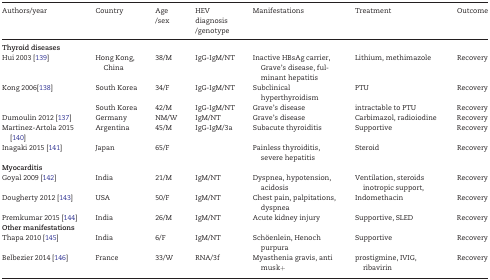
<table><thead><tr><td><b>Authors/year</b></td><td><b>Country</b></td><td><b>Age/sex</b></td><td><b>HEV diagnosis /genotype</b></td><td><b>Manifestations</b></td><td><b>Treatment</b></td><td><b>Outcome</b></td></tr></thead><tbody><tr><td colspan="7"><b>Thyroid diseases</b></td></tr><tr><td>Hui 2003 [139]</td><td>Hong Kong, China</td><td>38/M</td><td>IgG-IgM/NT</td><td>Inactive HBsAg carrier, Grave’s disease, fulminant hepatitis</td><td>Lithium, methimazole</td><td>Recovery</td></tr><tr><td>Kong 2006[138]</td><td>South Korea</td><td>34/F</td><td>IgG-IgM/NT</td><td>Subclinical hyperthyroidism</td><td>PTU</td><td>Recovery</td></tr><tr><td></td><td>South Korea</td><td>42/M</td><td>IgG-IgM/NT</td><td>Grave’s disease</td><td>intractable to PTU</td><td>Recovery</td></tr><tr><td>Dumoulin 2012 [137]</td><td>Germany</td><td>NM/W</td><td>IgM/NT</td><td>Grave’s disease</td><td>Carbimazol, radioiodine</td><td>Recovery</td></tr><tr><td>Martinez-Artola 2015 [140]</td><td>Argentina</td><td>45/M</td><td>IgG-IgM/3a</td><td>Subacute thyroiditis</td><td>Supportive</td><td>Recovery</td></tr><tr><td>Inagaki 2015 [141]</td><td>Japan</td><td>65/F</td><td></td><td>Painless thyroiditis, severe hepatitis</td><td>Steroid</td><td>Recovery</td></tr><tr><td colspan="7"><b>Myocarditis</b></td></tr><tr><td>Goyal 2009 [142]</td><td>India</td><td>21/M</td><td>IgM/NT</td><td>Dyspnea, hypotension, acidosis</td><td>Ventilation, steroids inotropic support,</td><td>Recovery</td></tr><tr><td>Dougherty 2012 [143]</td><td>USA</td><td>50/F</td><td>IgM/NT</td><td>Chest pain, palpitations, dyspnea</td><td>Indomethacin</td><td>Recovery</td></tr><tr><td>Premkumar 2015 [144]</td><td>India</td><td>26/M</td><td>IgM/NT</td><td>Acute kidney injury</td><td>Supportive, SLED</td><td>Recovery</td></tr><tr><td colspan="7"><b>Other manifestations</b></td></tr><tr><td>Thapa 2010 [145]</td><td>India</td><td>6/F</td><td>IgM/NT</td><td>Schöenlein, Henoch purpura</td><td>Supportive</td><td>Recovery</td></tr><tr><td>Belbezier 2014 [146]</td><td>France</td><td>33/W</td><td>RNA/3f</td><td>Myasthenia gravis, anti musk+</td><td>prostigmine, IVIG, ribavirin</td><td>Recovery</td></tr></tbody></table>